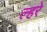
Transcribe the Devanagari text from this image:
ल्हरे